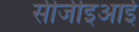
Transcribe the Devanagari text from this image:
सीजीइआई